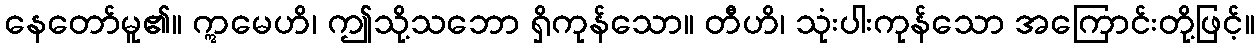
နေတော်မူ၏။ ဣမေဟိ၊ ဤသို့သဘော ရှိကုန်သော။ တီဟိ၊ သုံးပါးကုန်သော အကြောင်းတို့ဖြင့်။